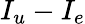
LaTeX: I_{u}-I_{e}